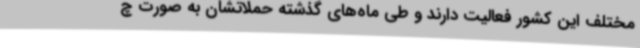
مختلف این کشور فعالیت دارند و طی ماه‌های گذشته حملاتشان به صورت چ